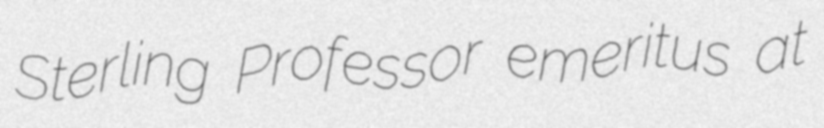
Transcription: Sterling Professor emeritus at